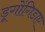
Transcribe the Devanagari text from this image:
डूगोंगिडाए